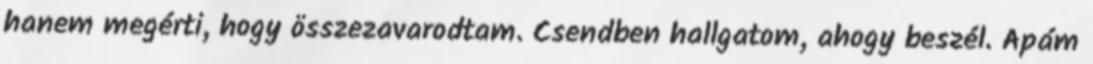
hanem megérti, hogy összezavarodtam. Csendben hallgatom, ahogy beszél. Apám